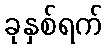
ခုနှစ်ရက်